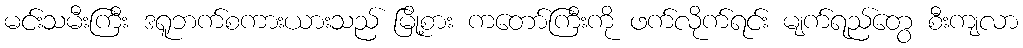
မင်းသမီးကြီး ဒရူဘက်စကားယားသည် မြို့စား ကတော်ကြီးကို ဖက်လိုက်ရင်း မျက်ရည်တွေ စီးကျလာ